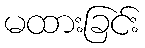
မထားခြင်း